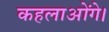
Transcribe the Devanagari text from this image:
कहलाओंगे।